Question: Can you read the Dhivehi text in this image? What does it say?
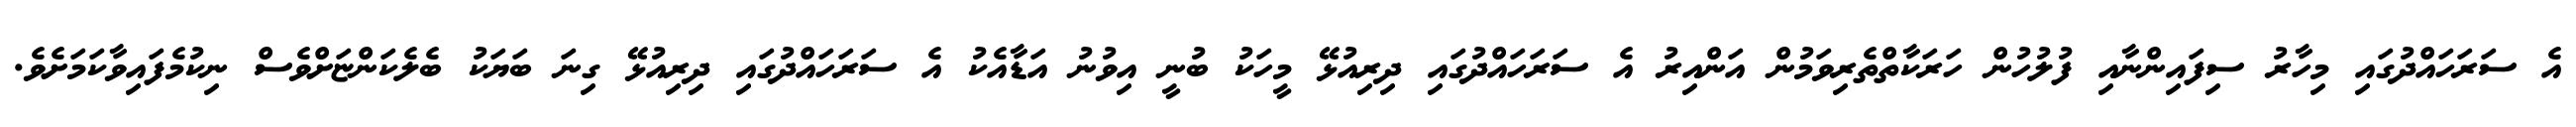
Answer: އެ ސަރަހައްދުގައި މިހާރު ސިފައިންނާއި ފުލުހުން ހަރަކާތްތެރިވަމުން އަންއިރު އެ ސަރަހައްދުގައި ދިރިއުޅޭ މީހަކު ބުނީ އިވުނު އަޑާއެކު އެ ސަރަހައްދުގައި ދިރިއުޅޭ ގިނަ ބަޔަކު ބެލެކަންޏަށްވެސް ނިކުމެފައިވާކަމަށެވެ.